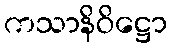
ကသာနိဝိဋ္ဌော